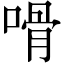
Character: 嗗